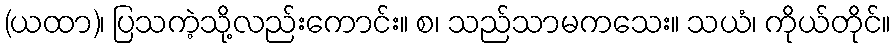
(ယထာ)၊ ပြသကဲ့သို့လည်းကောင်း။ စ၊ သည်သာမကသေး။ သယံ၊ ကိုယ်တိုင်။